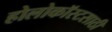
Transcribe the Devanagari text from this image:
होलोकॉस्टसाठी